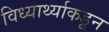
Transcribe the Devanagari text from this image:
विध्यार्थ्याकडून